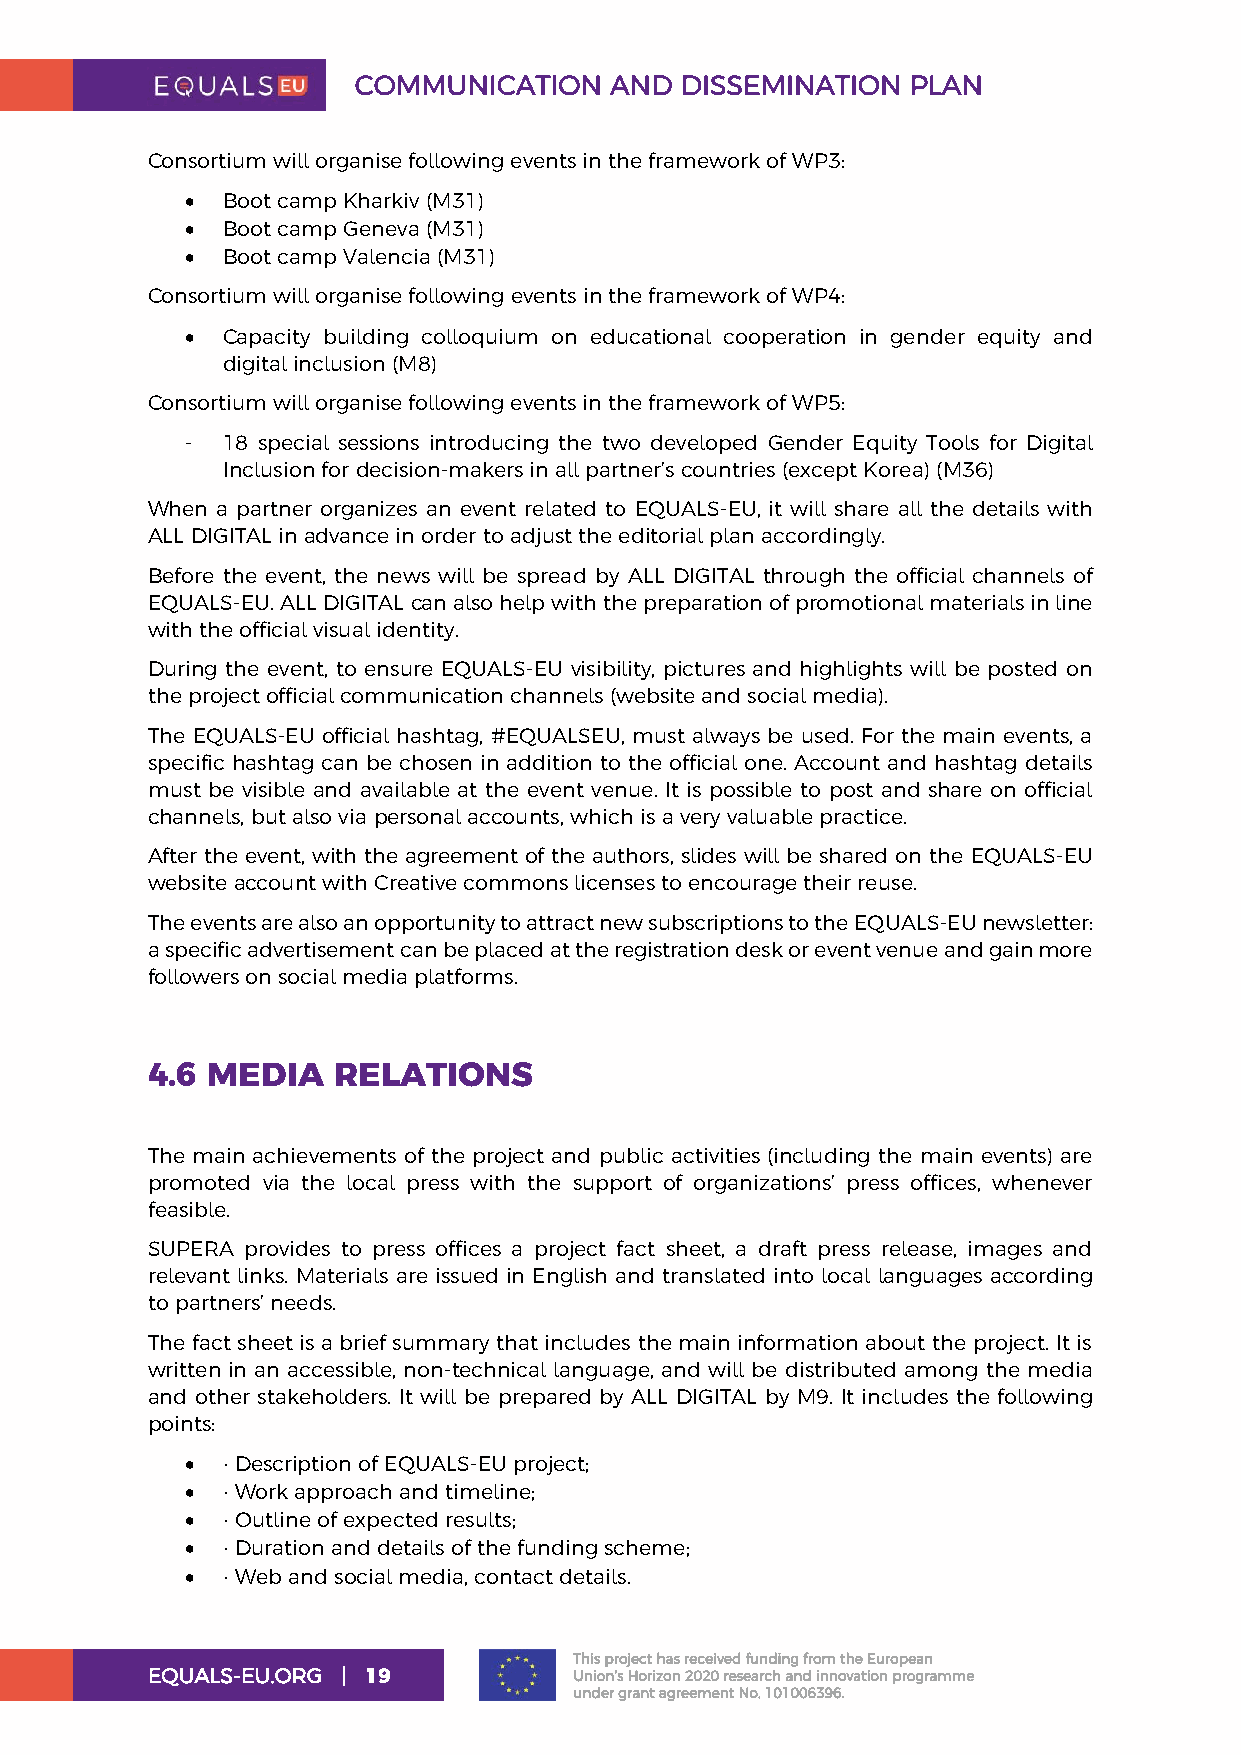
COMMUNICATION    AND  DISSEMINATION  PLAN
 Consortium will organise following events in the framework of WP3:
 •  Boot camp Kharkiv (M31)
 •  Boot camp Geneva (M31)
 •  Boot camp Valencia (M31)
 Consortium will organise following events in the framework of WP4:
 •  Capacity building colloquium on educational cooperation in gender equity and
 digital inclusion (M8)
 Consortium will organise following events in the framework of WP5:
 -  18 special sessions introducing the two developed Gender Equity Tools for Digital
 Inclusion for decision-makers in all partner’s countries (except Korea) (M36)
 When a partner organizes an event related to EQUALS-EU, it will share all the details with
 ALL DIGITAL in advance in order to adjust the editorial plan accordingly.
 Before the event, the news will be spread by ALL DIGITAL through the official channels of
 EQUALS-EU. ALL DIGITAL can also help with the preparation of promotional materials in line
 with the official visual identity.
 During the event, to ensure EQUALS-EU visibility, pictures and highlights will be posted on
 the project official communication channels (website and social media).
 The EQUALS-EU official hashtag, #EQUALSEU, must always be used. For the main events, a
 specific hashtag can be chosen in addition to the official one. Account and hashtag details
 must be visible and available at the event venue. It is possible to post and share on official
 channels, but also via personal accounts, which is a very valuable practice.
 After the event, with the agreement of the authors, slides will be shared on the EQUALS-EU
 website account with Creative commons licenses to encourage their reuse.
 The events are also an opportunity to attract new subscriptions to the EQUALS-EU newsletter:
 a specific advertisement can be placed at the registration desk or event venue and gain more
 followers on social media platforms.
 4.6 MEDIA   RELATIONS
 The main achievements of the project and public activities (including the main events) are
 promoted via the local press with the support of organizations’ press offices, whenever
 feasible.
 SUPERA provides to press offices a project fact sheet, a draft press release, images and
 relevant links. Materials are issued in English and translated into local languages according
 to partners’ needs.
 The fact sheet is a brief summary that includes the main information about the project. It is
 written in an accessible, non-technical language, and will be distributed among the media
 and other stakeholders. It will be prepared by ALL DIGITAL by M9. It includes the following
 points:
 •  ⋅ Description of EQUALS-EU project;
 •  ⋅ Work approach and timeline;
 •  ⋅ Outline of expected results;
 •  ⋅ Duration and details of the funding scheme;
 •  ⋅ Web and social media, contact details.
 This project has received funding from the European
 EQUALS-EU.ORG | 19          Union’s Horizon 2020 research and innovation programme
 under grant agreement No. 101006396.